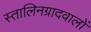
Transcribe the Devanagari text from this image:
स्तालिनग्रादवालों